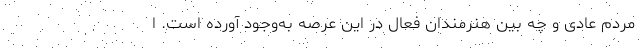
مردم عادی و چه بین هنرمندان فعال در این عرصه به‌وجود آورده است. ا